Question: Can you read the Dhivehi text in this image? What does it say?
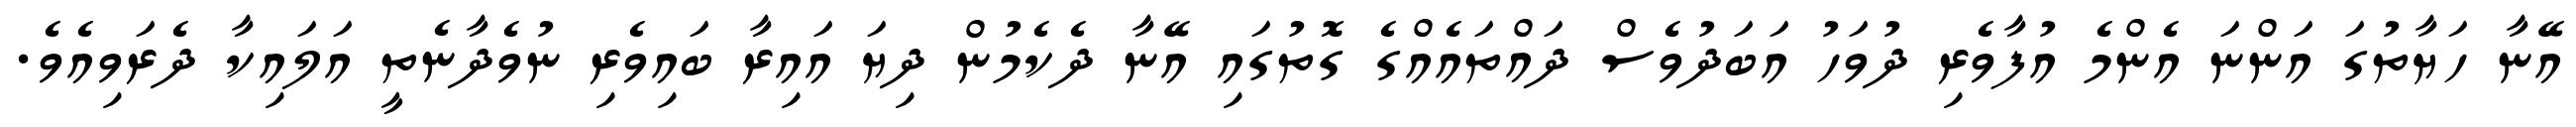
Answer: އޭނާ ހަޔާތުގަ އަންނަ އެންމެ އުފާވެރި ދުވަހު އަބަދުވެސް ދައްތައެއްގެ ގޮތުގައި އޭނާ ދެކެމުން ދިޔަ އައިރާ ބައިވެރި ނުވެދާނެތީ އަލައިކާ ދެރަވިއެވެ.